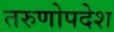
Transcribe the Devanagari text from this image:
तरुणोपदेश